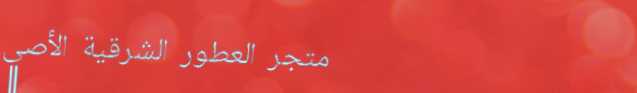
متجر العطور الشرقية الأصي